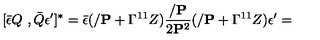
[ \bar { \epsilon } Q \ , \bar { Q } \epsilon ^ { \prime } ] ^ { * } = \bar { \epsilon } ( / { { \bf P } } + \Gamma ^ { 1 1 } Z ) { \frac { / { { \bf P } } } { 2 { \bf P } ^ { 2 } } } ( / { { \bf P } } + \Gamma ^ { 1 1 } Z ) \epsilon ^ { \prime } =